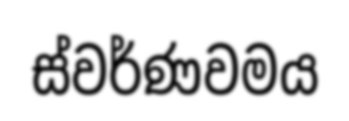
ස්වර්ණවමය